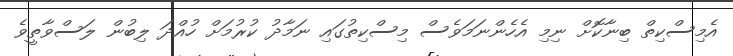
އެމިސްކިތް ބިނާކޮށް ނިމި އެހެންނަމަވެސް މިސްކިތުގައި ނަމާދު ކުރުމަށް ހުއްދަ ލިބުން ލަސްވާތީވެ